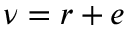
\nu = r + e